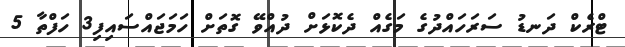
ޓްރެކް ދަނޑު ސަރަހައްދުގެ މަގެއް ދެކޮޅަށް ދުއްވޭ ގޮތަށް ހަމަޖައްސައިފި3 ހަފްތާ 5